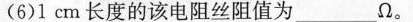
(6)1 cm 长度的该电阻丝阻值为___Ω。